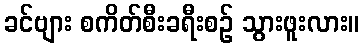
ခင်ဗျား စကိတ်စီးခရီးစဉ် သွားဖူးလား။